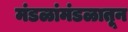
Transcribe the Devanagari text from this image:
मंडळांमंडळातून